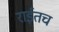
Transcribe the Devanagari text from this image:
राईतच